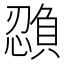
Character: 𫻉